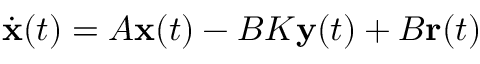
{ \dot { \mathbf { x } } } ( t ) = A \mathbf { x } ( t ) - B K \mathbf { y } ( t ) + B \mathbf { r } ( t )